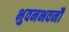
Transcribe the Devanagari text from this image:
भुवनभवनौ